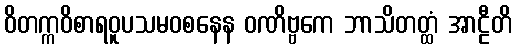
ဝိတက္ကဝိစာရဝူပသမဝစနေန ဝဏိဗ္ဗကေ ဘာသိတတ္ထံ အာဠီတိ